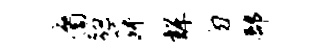
裔强菽辉勿部